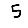
Digit: 5